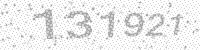
Solution: 131921